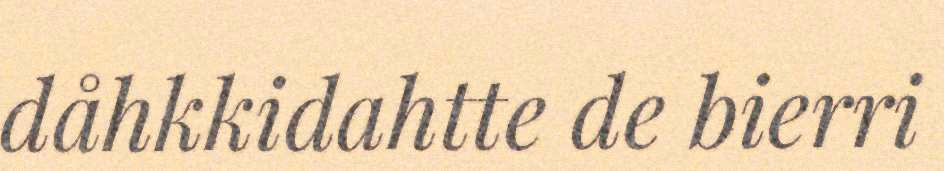
dåhkkidahtte de bierri